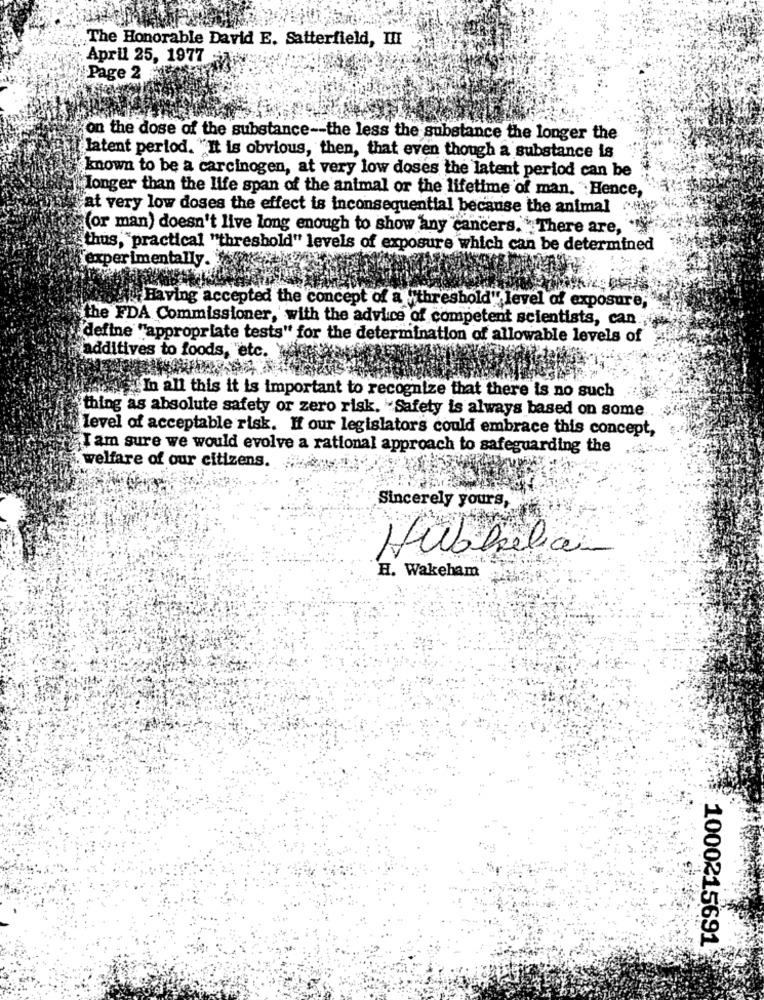
The Honorable David E. Satterfield, III
April 25, 1977
Page 2
on the dose of the substance -- the less the substance the longer the
latent period. "'It is obvious, then, that even though a substance is
known to be a carcinogen, at very low doses the latent period can be
Longer than the life span of the animal or the lifetime of man. Hence,
at very low doses the effect is inconsequential because the animal
(or man) doesn't live long enough to show any cancers. There are, "%'
"thus,"practical "threshold" levels of exposure which can be determined
experimentally.
Having accepted the concept of a "threshold" level of exposure;
the FDA Commissioner, with the advice of competent scientists, can ;
define ""appropriate tests" for the determination of allowable levels of
additives to foods, etc.
In all this it is important to recognize that there is no such
thing as absolute safety or zero risk. - Safety is always based on some
level of acceptable risk. If our legislators could embrace this concept,
I am sure we would evolve a rational approach to safeguarding the
. welfare of our citizens.
Sincerely yours,
Huabelian
H. Wakeham
1000215691